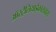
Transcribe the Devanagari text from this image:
ऑस्ट्रेलियाईकारावास